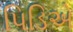
પિડિએ